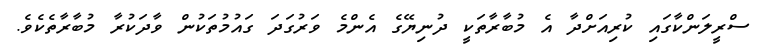
ސްރީލަންކާގައި ކުރިއަށްދާ އެ މުބާރާތަކީ ދުނިޔޭގެ އެންމެ ވަރުގަދަ ގައުމުތަކުން ވާދަކުރާ މުބާރާތެކެވެ.